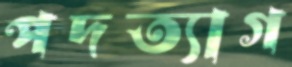
পদত্যাগ